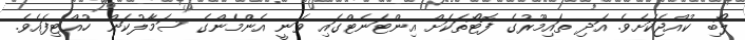
ލޯބި ކުއްޖަކަށެވެ. އަދި ތައިމޫރުގެ ފޮޓޯތަކަށް އިންޓަނެޓްގައި ވަނީ އެންމެންގެ ސަމާލުކަން ހުއްޓިފައެވެ.